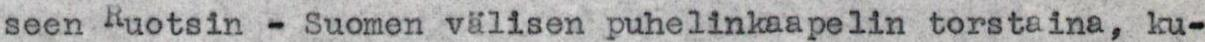
seen Ruotsin - Suomen välisen puhelinkaapelin torstaina, ku-